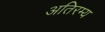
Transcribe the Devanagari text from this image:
अतिरम्य